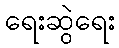
ရေးဆွဲရေး